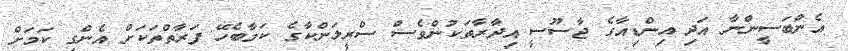
އެންބަސީންނާ އަދި އިންޑިއާގެ ޖާސޫސީ އިދާރާތަކުންވެސް ސްރީލަންކާގެ ކަމާބެހޭ ފަރާތްތަކަށް އެންގި ކަމަށް